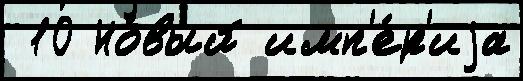
 10 Но́вый имп'е́р'иjа